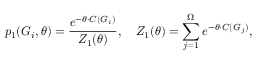
p _ { 1 } ( G _ { i } , \theta ) = \frac { e ^ { - \theta \cdot C ( G _ { i } ) } } { Z _ { 1 } ( \theta ) } , \quad Z _ { 1 } ( \theta ) = \sum _ { j = 1 } ^ { \Omega } e ^ { - \theta \cdot C ( G _ { j } ) } ,